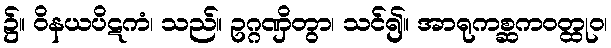
၌။ ဝိနယပိဋကံ၊ သည်။ ဥဂ္ဂဏှိတွာ၊ သင်၍။ အာရုကစ္ဆကဝတ္ထုဝ၊